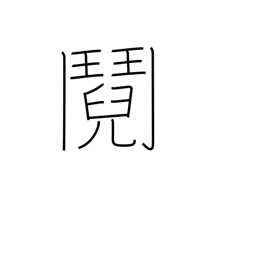
Meaning: quarrel